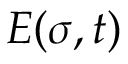
E ( \sigma , t )